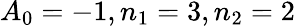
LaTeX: A_{0}=-1,n_{1}=3,n_{2}=2